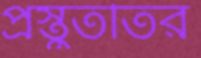
প্রস্তুততির